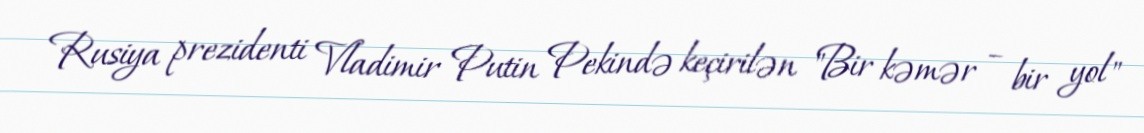
Rusiya prezidenti Vladimir Putin Pekində keçirilən "Bir kəmər – bir yol"